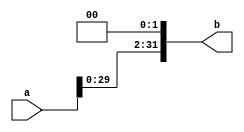
`timescale 1ns / 1ps
//////////////////////////////////////////////////////////////////////////////////
// Company: 
// Engineer: 
// 
// Design Name: 
// Module Name: shiftleft2_32
// Project Name: 
// Target Devices: 
// Tool Versions: 
// Description: 
// 
// Dependencies: 
// 
// Revision:
// Revision 0.01 - File Created
// Additional Comments:
// 
//////////////////////////////////////////////////////////////////////////////////

module shiftleft2_32(a, b);
    input [31:0] a;
    
    output [31:0] b;
    
    assign b = (a << 2'd2);
    
endmodule`timescale 1ns / 1ps